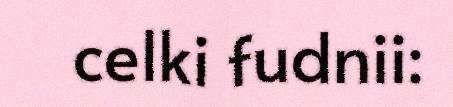
celki fudnii: